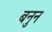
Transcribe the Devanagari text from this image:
बनुन